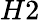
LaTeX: H2